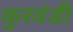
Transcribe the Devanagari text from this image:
कुरवंडी